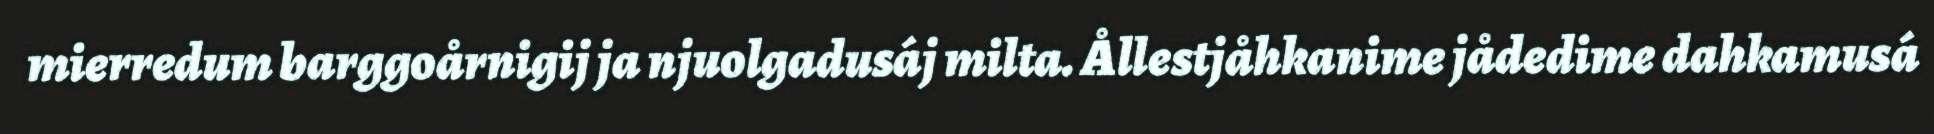
mierredum barggoårnigij ja njuolgadusáj milta. Ållestjåhkanime jådedime dahkamusá